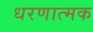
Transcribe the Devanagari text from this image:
धरणात्मक